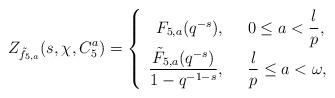
LaTeX: \begin{align*}Z_{\tilde{f}_{5, a}}(s, \chi, C_5^a)={\left\{\begin{array}{rl}F_{5, a}(q^{-s}),\ \ &0\le a<\dfrac{l}{p},\\\dfrac{\tilde F_{5, a}(q^{-s})}{1-q^{-1-s}},\ \ &{\dfrac{l}{p}\le a<\omega},\end{array}\right.}\end{align*}